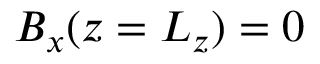
B _ { x } ( z = L _ { z } ) = 0